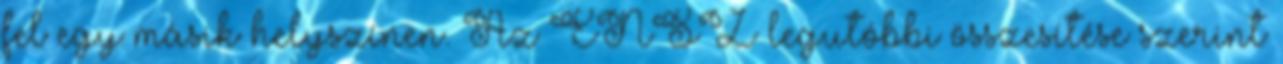
fel egy másik helyszínen. Az ENSZ legutóbbi összesítése szerint